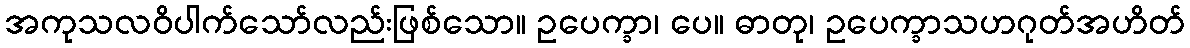
အကုသလဝိပါက်သော်လည်းဖြစ်သော။ ဥပေက္ခာ၊ ပေ။ ဓာတု၊ ဥပေက္ခာသဟဂုတ်အဟိတ်